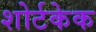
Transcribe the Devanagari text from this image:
शोर्टकेक